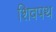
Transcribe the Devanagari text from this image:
शिवपथ